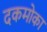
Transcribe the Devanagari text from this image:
दकमोका